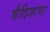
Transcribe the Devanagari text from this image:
भैदिजाचा